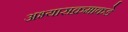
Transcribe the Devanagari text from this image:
अभ्यासक्रमाकडे